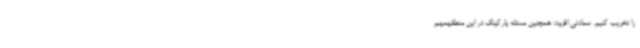
را تخریب کنیم. سعادتی افزود: همچنین مسئله پارکینگ در این منطقهمهم